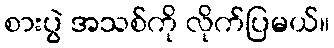
စားပွဲ အသစ်ကို လိုက်ပြမယ်။